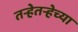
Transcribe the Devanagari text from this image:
तऱ्हेतऱ्हेच्या